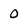
Character: 0